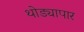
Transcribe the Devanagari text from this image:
थोड्यापार